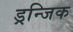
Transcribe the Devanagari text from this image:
ड्रन्जिक